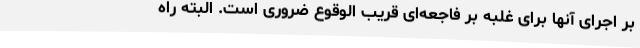
بر اجرای آنها برای غلبه بر فاجعه‌ای قریب الوقوع ضروری است. البته راه